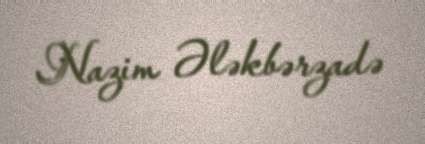
Nazim Ələkbərzadə